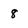
Character: 8